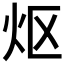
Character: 𬉼